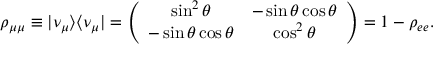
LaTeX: \rho _ { \mu \mu } \equiv \vert \nu _ { \mu } \rangle \langle \nu _ { \mu } \vert = \left( \begin{array} { c c } { { \sin ^ { 2 } \theta } } & { { - \sin \theta \cos \theta } } \\ { { - \sin \theta \cos \theta } } & { { \cos ^ { 2 } \theta } } \end{array} \right) = 1 - \rho _ { e e } .